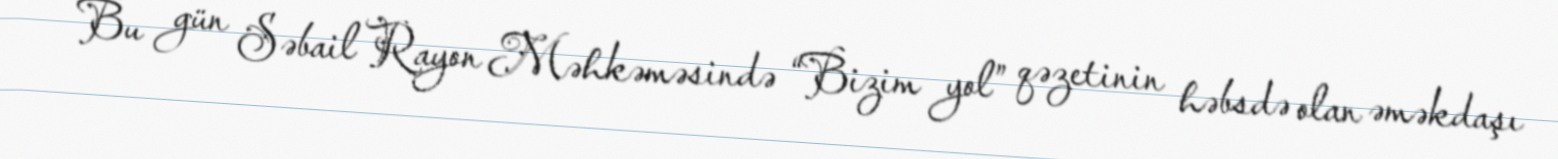
Bu gün Səbail Rayon Məhkəməsində “Bizim yol” qəzetinin həbsdə olan əməkdaşı